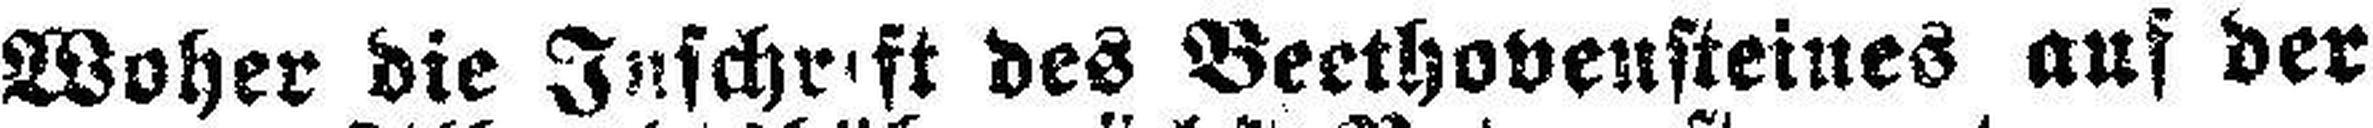
Woher die Inschrift des Beethovensteines aus der